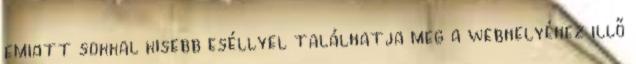
emiatt sokkal kisebb eséllyel találhatja meg a webhelyéhez illő